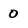
Character: 0